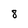
Character: 8